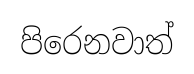
පිරෙනවාත්